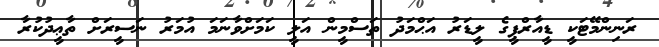
ރަނިންމޭޓަކީ ޑީއާރްޕީގެ ލީޑަރު އަޙްމަދު ތަސްމީން އަލީ ކަމަށްވާނަމަ އުމަރު ނަސީރަށް ތާޢީދުކުރާ